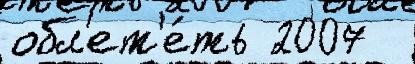
обл'ет'е́ть 2007